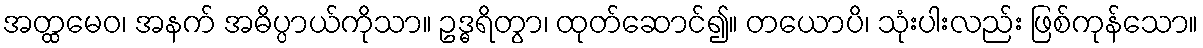
အတ္ထမေဝ၊ အနက် အဓိပ္ပာယ်ကိုသာ။ ဥဒ္ဓရိတွာ၊ ထုတ်ဆောင်၍။ တယောပိ၊ သုံးပါးလည်း ဖြစ်ကုန်သော။